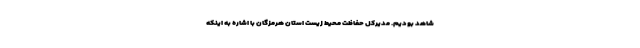
شاهد بودیم. مدیرکل حفاظت محیط زیست استان هرمزگان با اشاره به اینکه